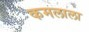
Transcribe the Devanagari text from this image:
कमलाला